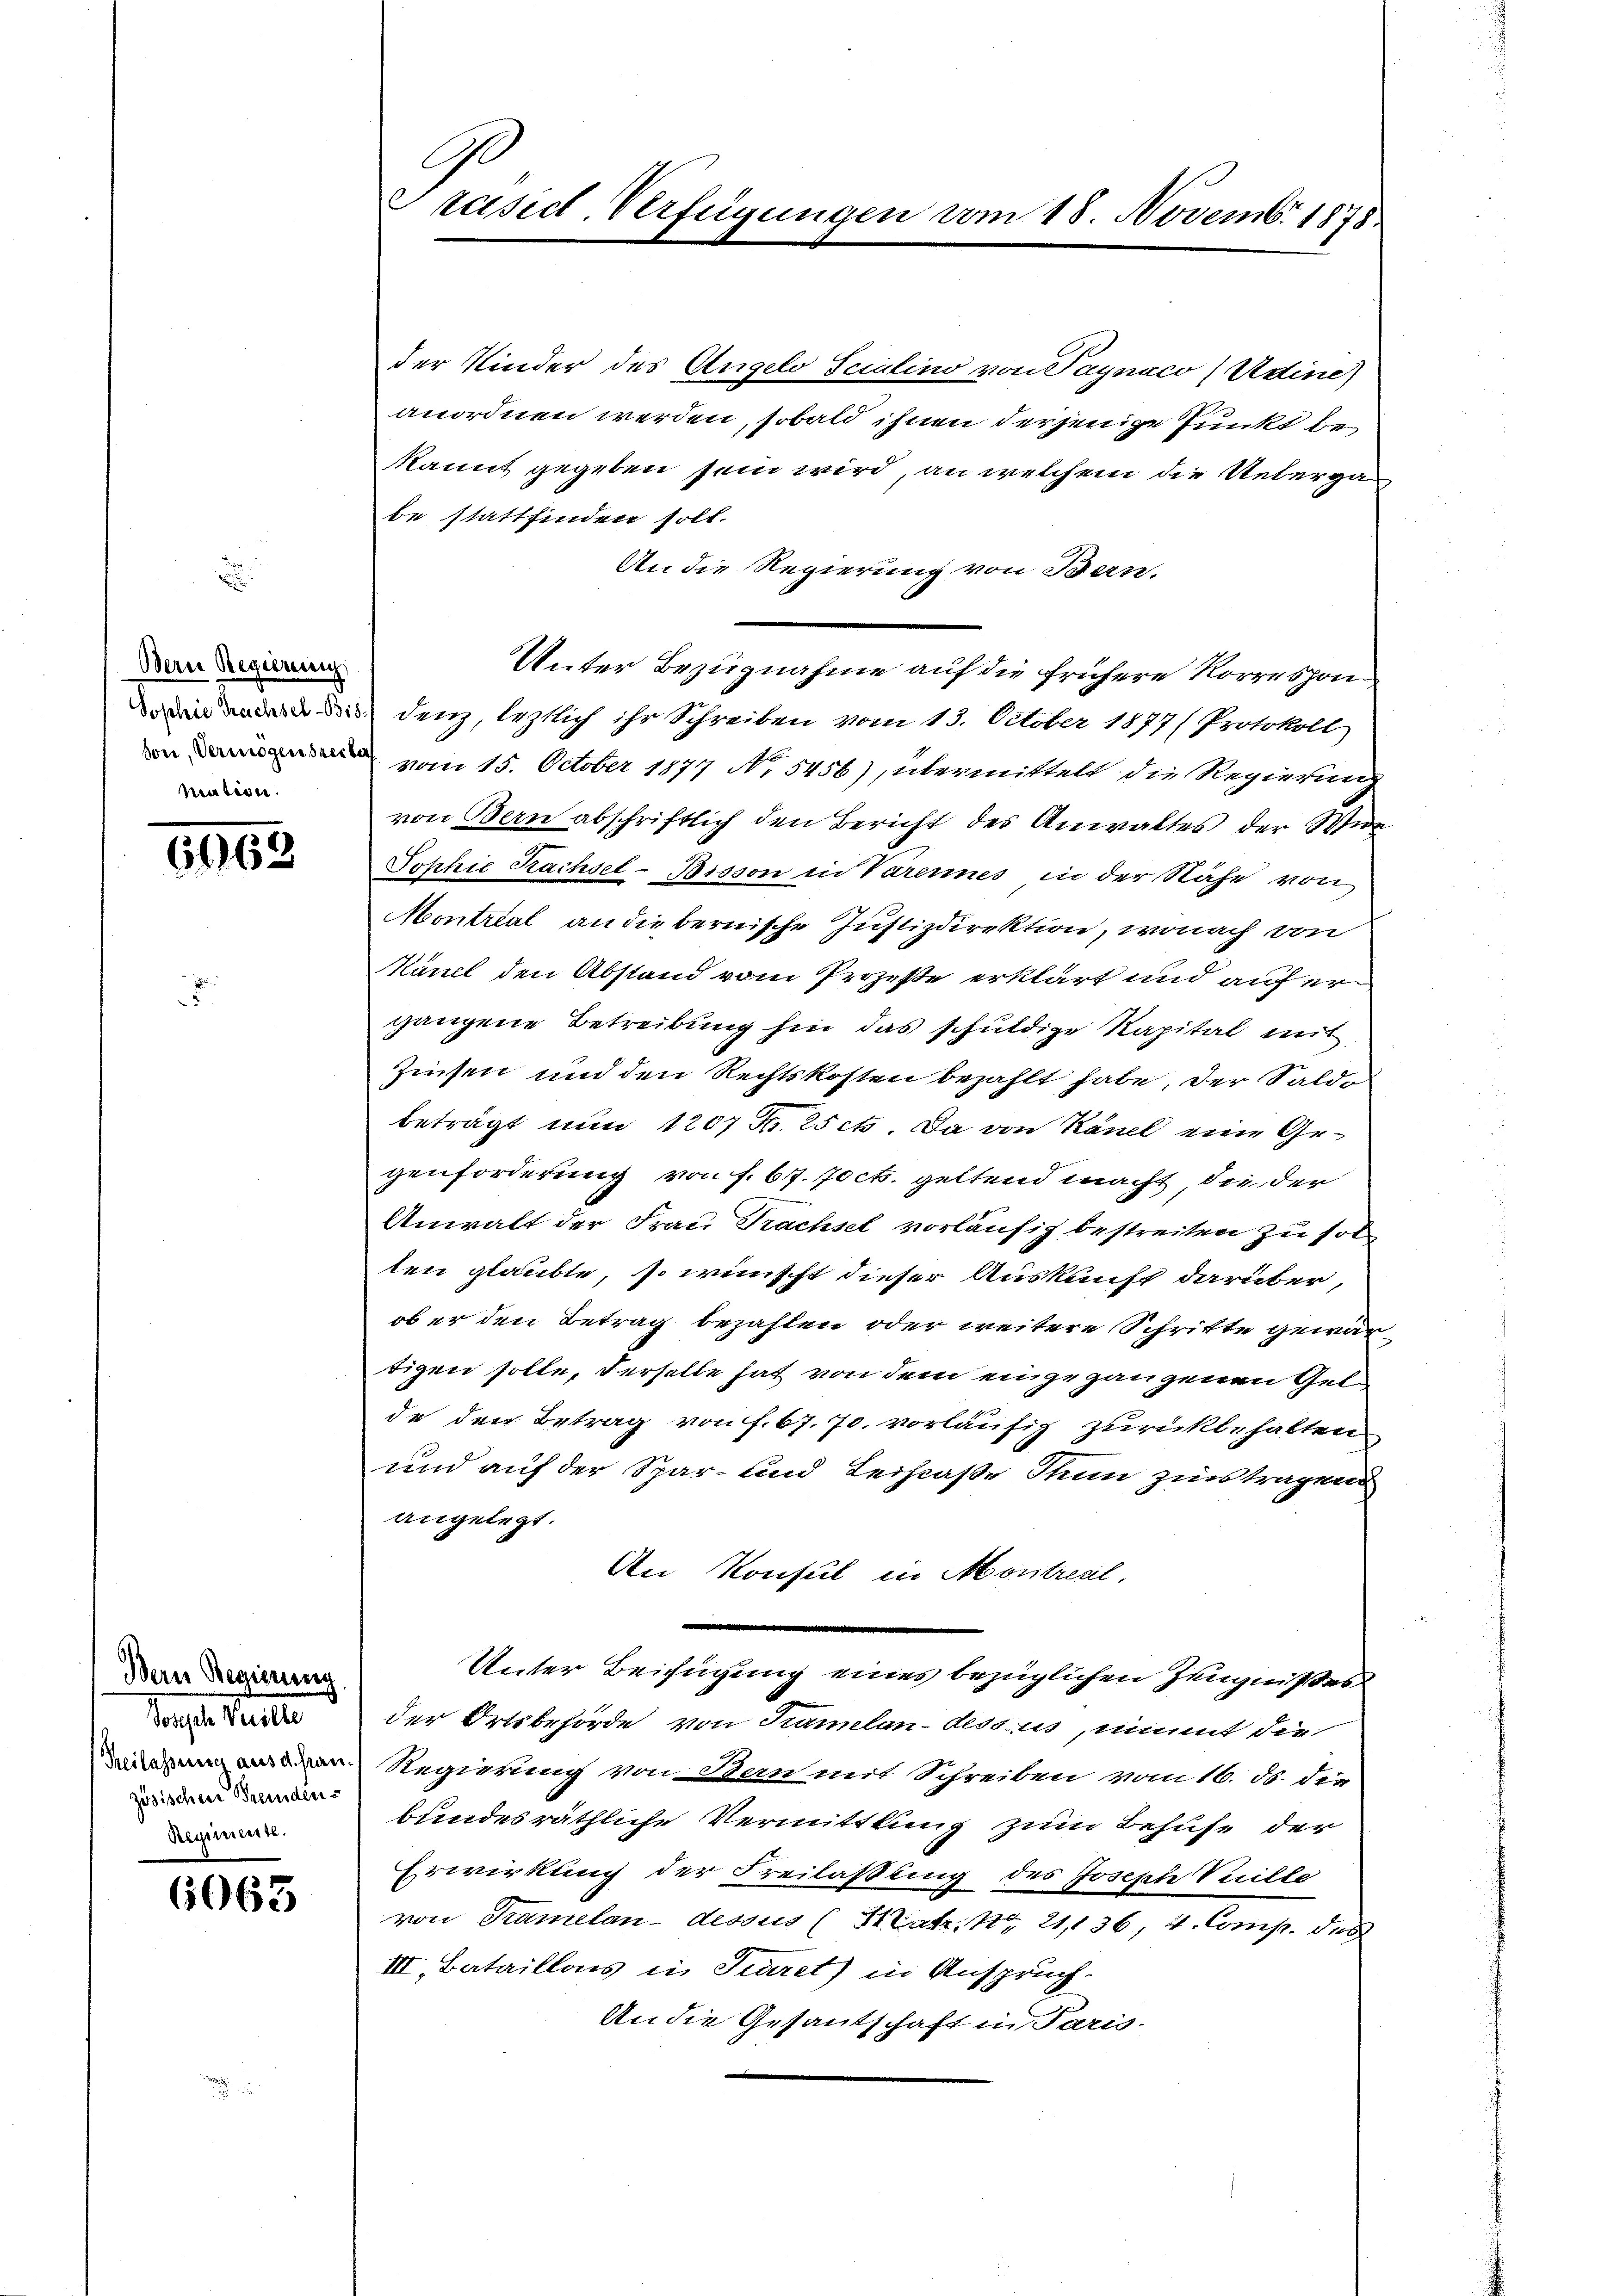
Bern Regierung
Sophie Trachsel-Bis.
soni, Vermögensterber
nution.

6669

Bern Regierung
Mante Seite
Teilassung aus d. Französischen Fremden
Regimente.

6063

G.
räsid. Verfügungen vom 18. Novemb. 1878

der Kinder des Angelo Scrutino von Paynaco (Adine)
anordnen werden, sobald ihnen derjenige Punkt be¬
Kannt gegeben sein wird, an welchem die Uebergabe stattfinden soll.
An die Regierung von Bern.
Unter Bezugnahme auf die frühere Korrespon
denz, leztlich ihr Schreiben vom 13. October 1877 ( Protokoll
vom 15. October 1877 No. 5456), übermittelt die Regierung
von Bern abschriftlich den Bericht des Anwaltes der Wien
Johhie Kachsel-Bisson in Vareines in der Nähe von
Montrial an die bernische Justizdirektion, wonach von
Känel den Abstand vom Prozeße erklärt und auf er
gangene Betreibung hin das schuldige Kapital mit
Zinsen und den Rechtskosten bezahlt habe, der Saldo
beträgt nun 1207 Fr. 25 et. Da von Känel eine Gezenforderung von f. 677. 70 c. geltend macht, die der
Anwalt der Frau Prachsel vorläufig bestreiten zu solten glaubte, so wünscht dieser Auskunft darüber,
ob er den Betrag bezahlen oder weitere Schritte gewar
tigen solle, derselbe hat von dem eingegangenen Gelde den Betrag von f. 67. 70. vorläufig zurückbehalten
und auf der Spar- und Leistaße Thun zinstragend
angelegt.
An Konsul in Montreul,
Unter Beifügung eines bezüglichen Zeugnißes
der Ortsbehörde von Kamelan-dessus, nimmt die
Regierung von Ban mit Schreiben vom 16. ds. die
bundesräthliche Vermittlung zum Behufe der
Erwirkung der Freilassung des Joseph Vuille
von Tramelan-dessus (Satz. 421,136 4. Comp. 815
III. Bataillonis in Secret) in Anspruch.
An die Gesantschaft in Paris.